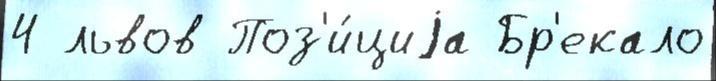
4 львов Поз'и́циjа Бр'екало